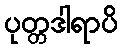
ပုတ္တဒါရာပိ